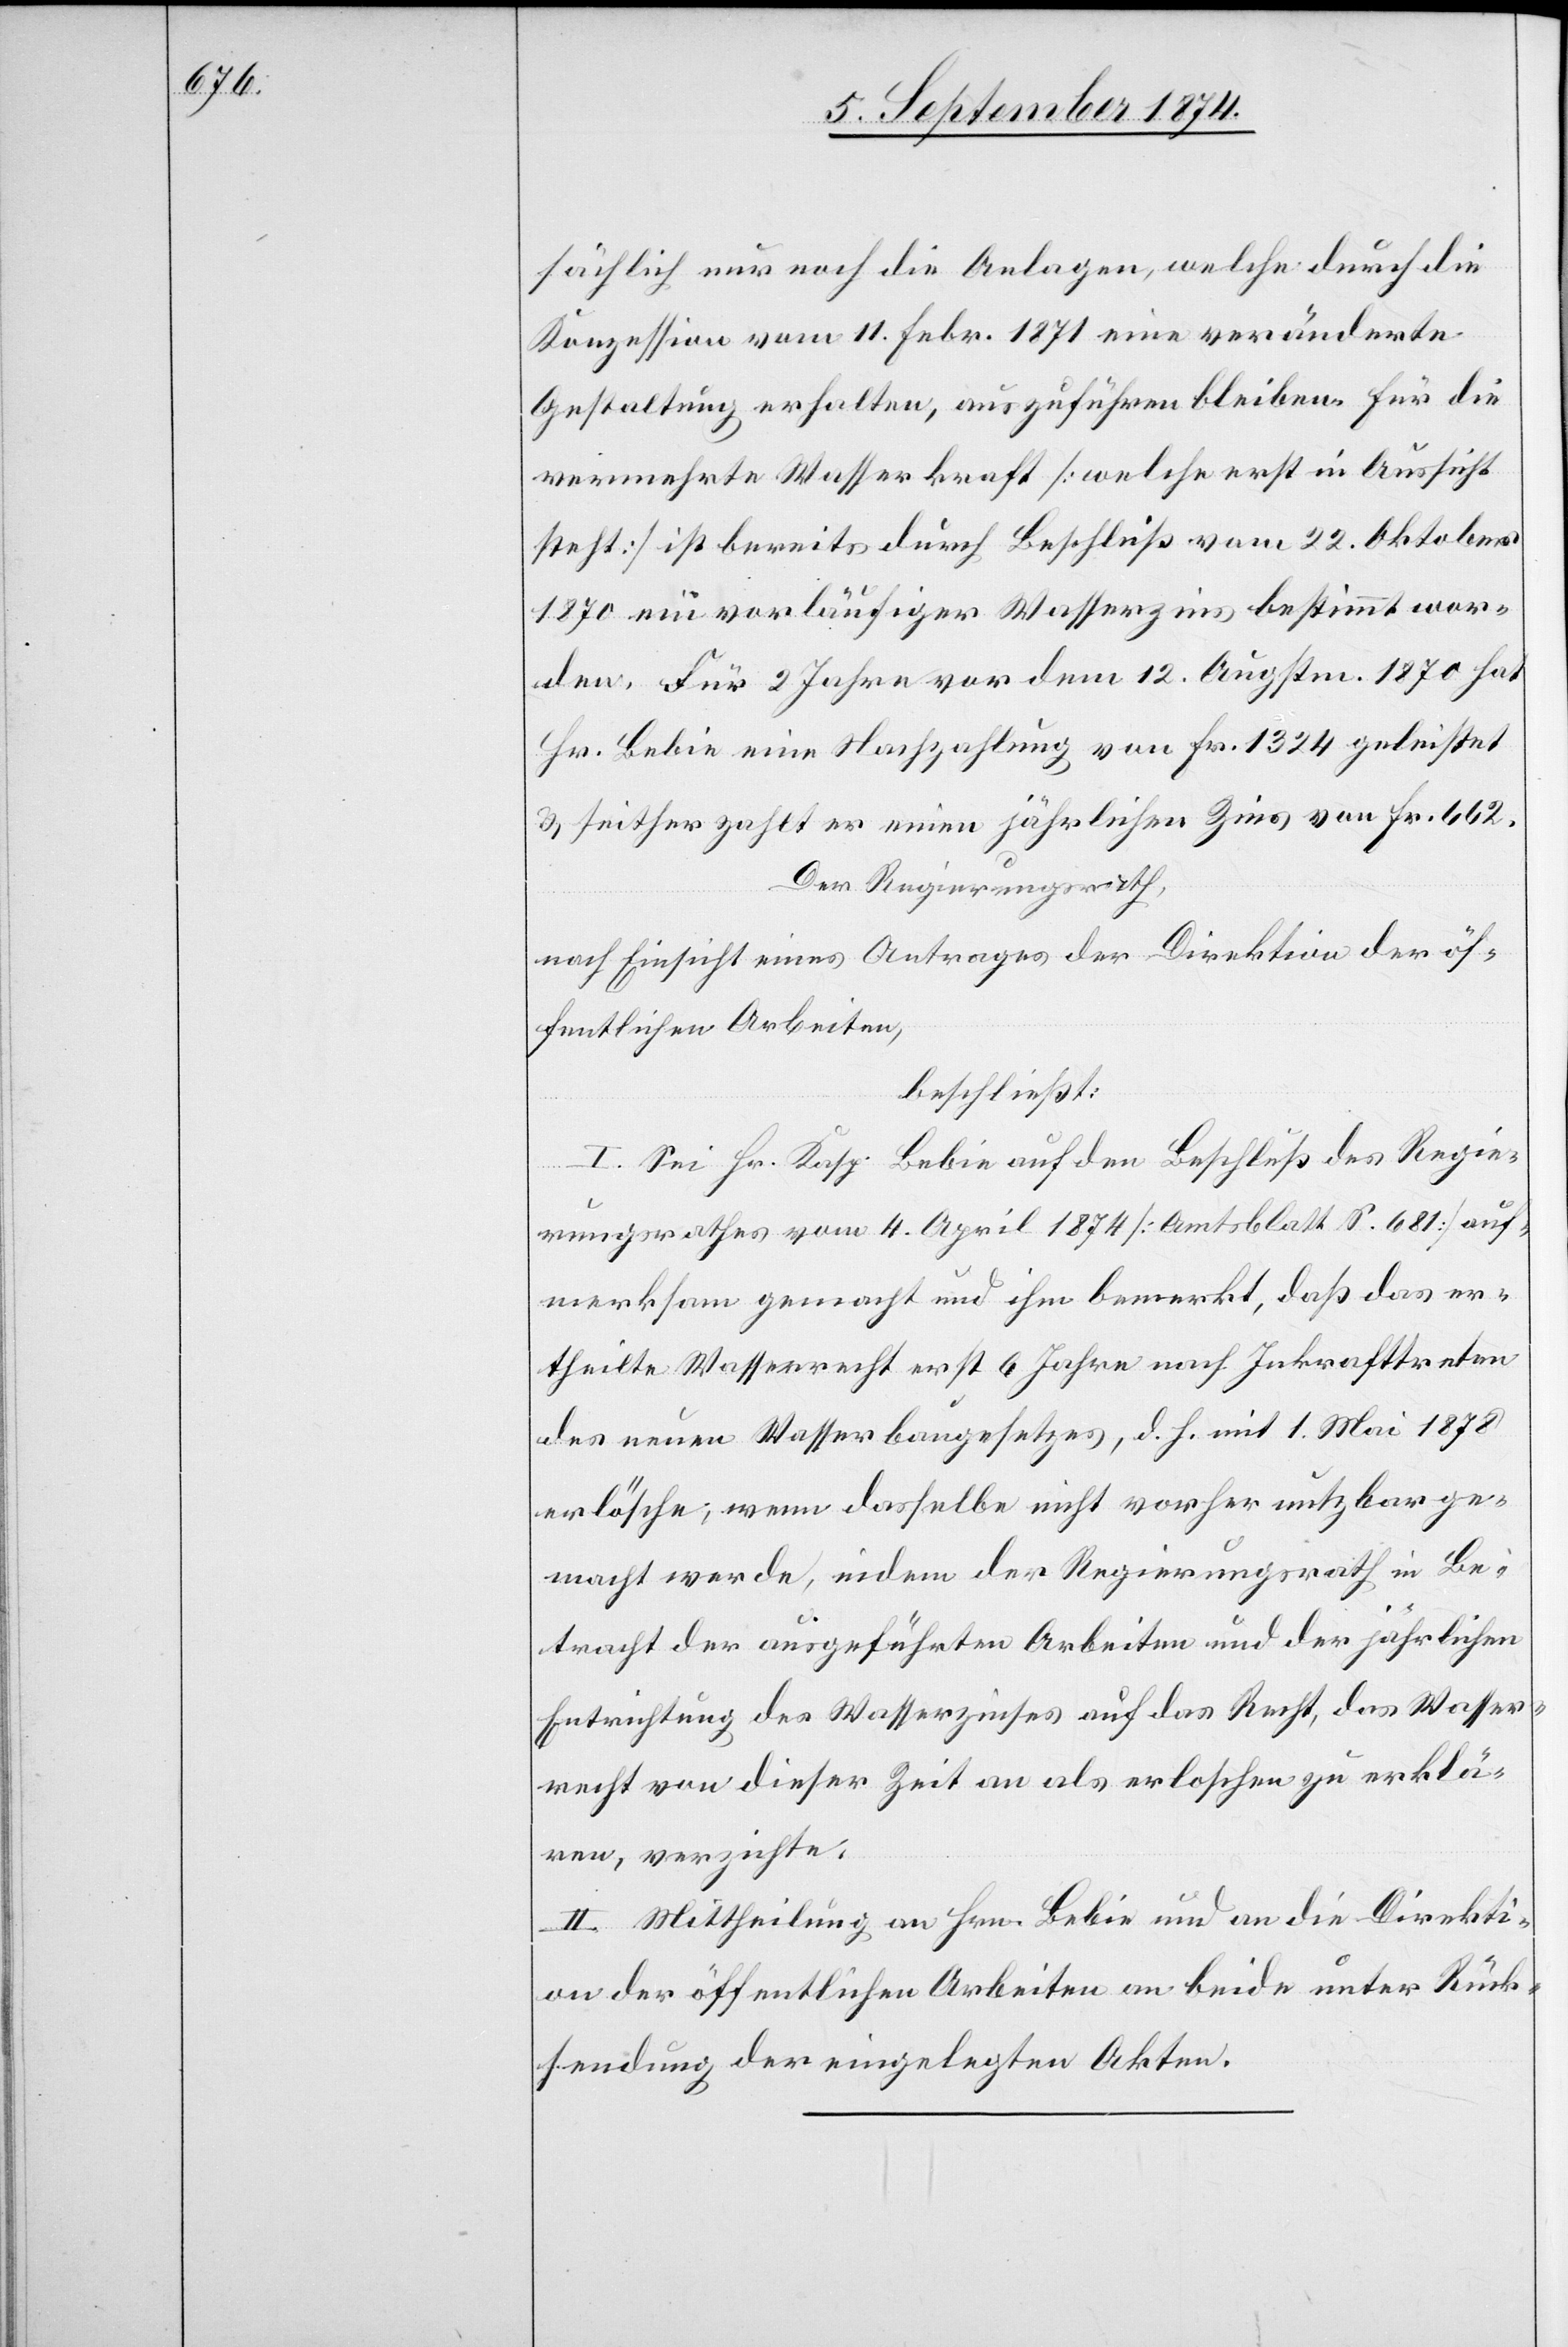
sächlich nur noch die Anlagen, welche durch die
Konzession vom 11. Febr. 1871 eine veränderte
Gestaltung erhalten, auszuführen bleiben, für die
vermehrte Wasserkraft [welche erst in Aussicht
steht] ist bereits durch Beschluß vom 22. Oktober
1870 ein vorläufiger Wasserzins bestimmt wor¬
den. Für 2 Jahre vor dem 12. Augstm. 1870 hat
Hr. Bebie eine Nachzahlung von Fr. 1324 geleistet
u. seither zahlt er einen jährlichen Zins von Fr. 662.
Der Regierungsrath,
nach Einsicht eines Antrages der Direktion der öf¬
fentlichen Arbeiten,
beschließt:
I. Sei Hr. Kasp. Bebie auf den Beschluß des Regie¬
rungsrathes vom 4. April 1874 [Amtsblatt S. 681] auf¬
merksam gemacht und ihm bemerkt, daß das er¬
theilte Wasserrecht erst 6 Jahre nach Inkrafttreten
der neuen Wasserbaugesetzes, d. h. mit 1. Mai 1878
erlösche, wenn dasselbe nicht vorher nutzbar ge¬
macht werde, indem der Regierungsrath in Be¬
tracht der ausgeführten Arbeiten und der jährlichen
Entrichtung des Wasserzinses auf das Recht, das Wasser¬
recht von dieser Zeit an als erloschen zu erklä¬
ren, verzichte.
II. Mittheilung an Hrn. Bebie und an die Direkti¬
on der öffentlichen Arbeiten an beide unter Rück¬
sendung der eingelegten Akten.